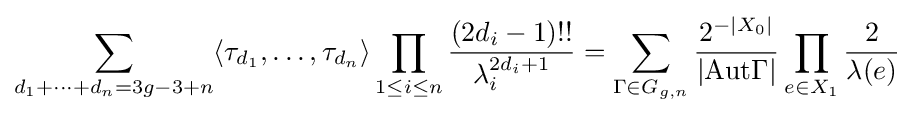
\sum _{d_{1}+\cdots +d_{n}=3g-3+n}\langle \tau _{d_{1}},\ldots ,\tau _{d_{n}}\rangle \prod _{1\leq i\leq n}{\frac {(2d_{i}-1)!!}{\lambda _{i}^{2d_{i}+1}}}=\sum _{\Gamma \in G_{g,n}}{\frac {2^{-|X_{0}|}}{|{\text{Aut}}\Gamma |}}\prod _{e\in X_{1}}{\frac {2}{\lambda (e)}}